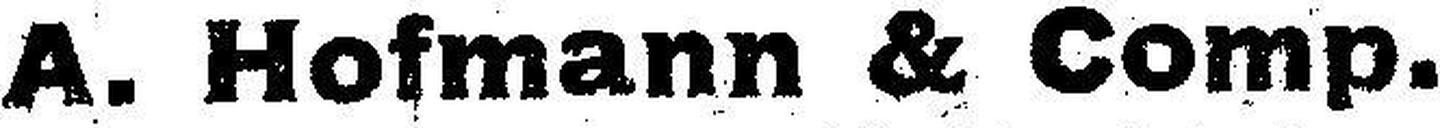
A. Hofmann & Comp.